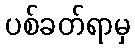
ပစ်ခတ်ရာမှ